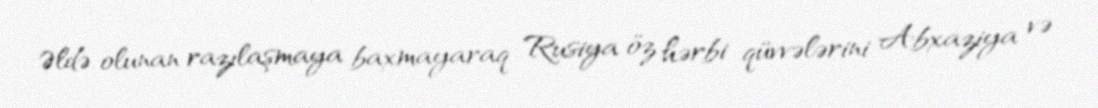
Əldə olunan razılaşmaya baxmayaraq Rusiya öz hərbi qüvvələrini Abxaziya və